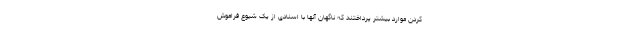
کردن موارد بیشتر پرداختند که ناگهان آنها با اسنادی از یک شیوع فراموش